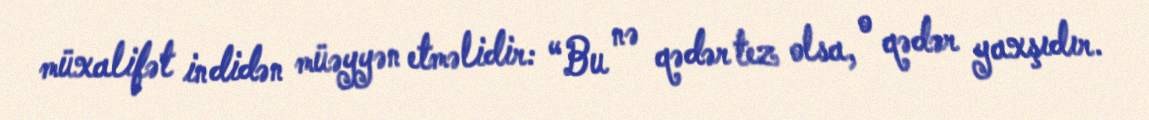
müxalifət indidən müəyyən etməlidir: “Bu nə qədər tez olsa, o qədər yaxşıdır.